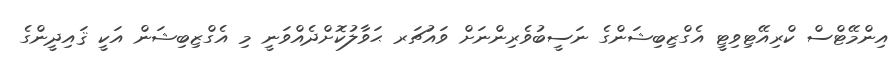
އިންމޭޓްސް ކްރިއޭޓިވިޓީ އެގްޒިބިޝަންގެ ނަސީބުވެރިންނަށް ވައުޗަރ ޙަވާލުކޮށްދެއްވަނީ މި އެގްޒިބިޝަން އަކީ ޤައިދީންގެ